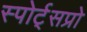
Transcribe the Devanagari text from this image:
स्पोर्ट्‌सप्रो